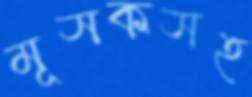
মূসকসহ